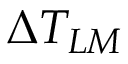
\Delta T _ { L M }